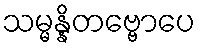
သမ္မန္နိတဗ္ဗောပေ